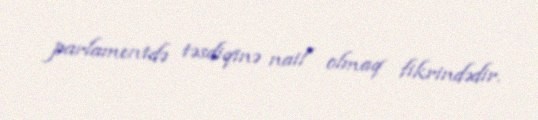
parlamentdə təsdiqinə nail olmaq fikrindədir.